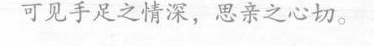
可见手足之情深，思亲之心切。